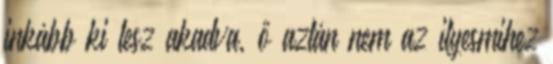
inkább ki lesz akadva, ő aztán nem az ilyesmihez